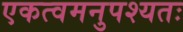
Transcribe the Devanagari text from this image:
एकत्वमनुपश्यतः